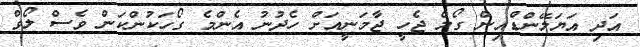
އަދި އަޔަލޭންޑްއިން ގޯލް ޖެހީ ޖާމަނީއަށް ހެދުނު އެންމެ ގޯހަކުންކަން ވެސް ލޯވް